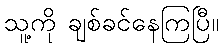
သူ့ကို ချစ်ခင်နေကြပြီ။